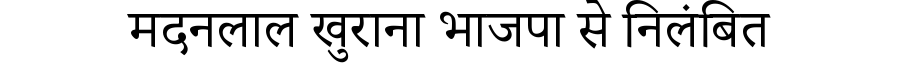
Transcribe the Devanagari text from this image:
मदनलाल खुराना भाजपा से निलंबित